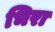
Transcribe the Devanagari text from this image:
भिरा